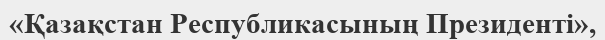
«Қазақстан Республикасының Президенті»,